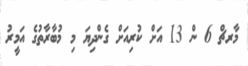
މާރޗް 6 ން 13 އަށް ކުރިއަށް ގެންދިޔަ މި މުބާރާތުގެ އަމީރު